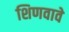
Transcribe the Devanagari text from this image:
शिणवावे